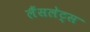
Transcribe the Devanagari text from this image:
लैंसलेट्स